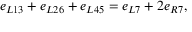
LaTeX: e _ { L 1 3 } + e _ { L 2 6 } + e _ { L 4 5 } = e _ { L 7 } + 2 e _ { R 7 } ,